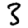
Digit: 3